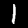
Digit: 1